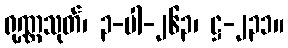
ရုဏ္ဏသုတ်၊ ၃-ပါ-၂၆၃၊ ဋ္ဌ-၂၃၁။